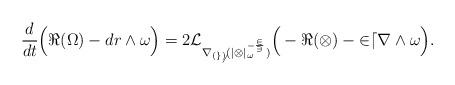
LaTeX: \begin{align*} \frac{d}{dt} \Big( \Re(\Omega) - dr \wedge \omega \Big) = 2 \cal{L}_{\nabla_{(g_6)} (|\Omega|_\omega^{-\frac{2}{3}})} \Big( -\Re(\Omega) - 2 dr \wedge \omega \Big).\end{align*}